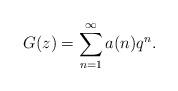
LaTeX: \begin{align*}G(z) = \sum_{n=1}^\infty a(n)q^n.\end{align*}